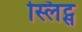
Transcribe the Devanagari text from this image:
स्लिट्स